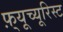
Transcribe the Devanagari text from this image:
फ़्यूच्यूरिस्ट